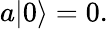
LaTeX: a|0\rangle=0.